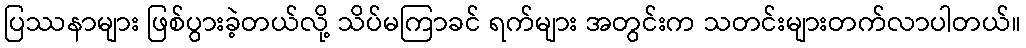
ပြဿနာများ ဖြစ်ပွားခဲ့တယ်လို့ သိပ်မကြာခင် ရက်များ အတွင်းက သတင်းများတက်လာပါတယ်။